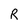
Character: R